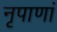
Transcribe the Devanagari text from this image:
नृपाणां